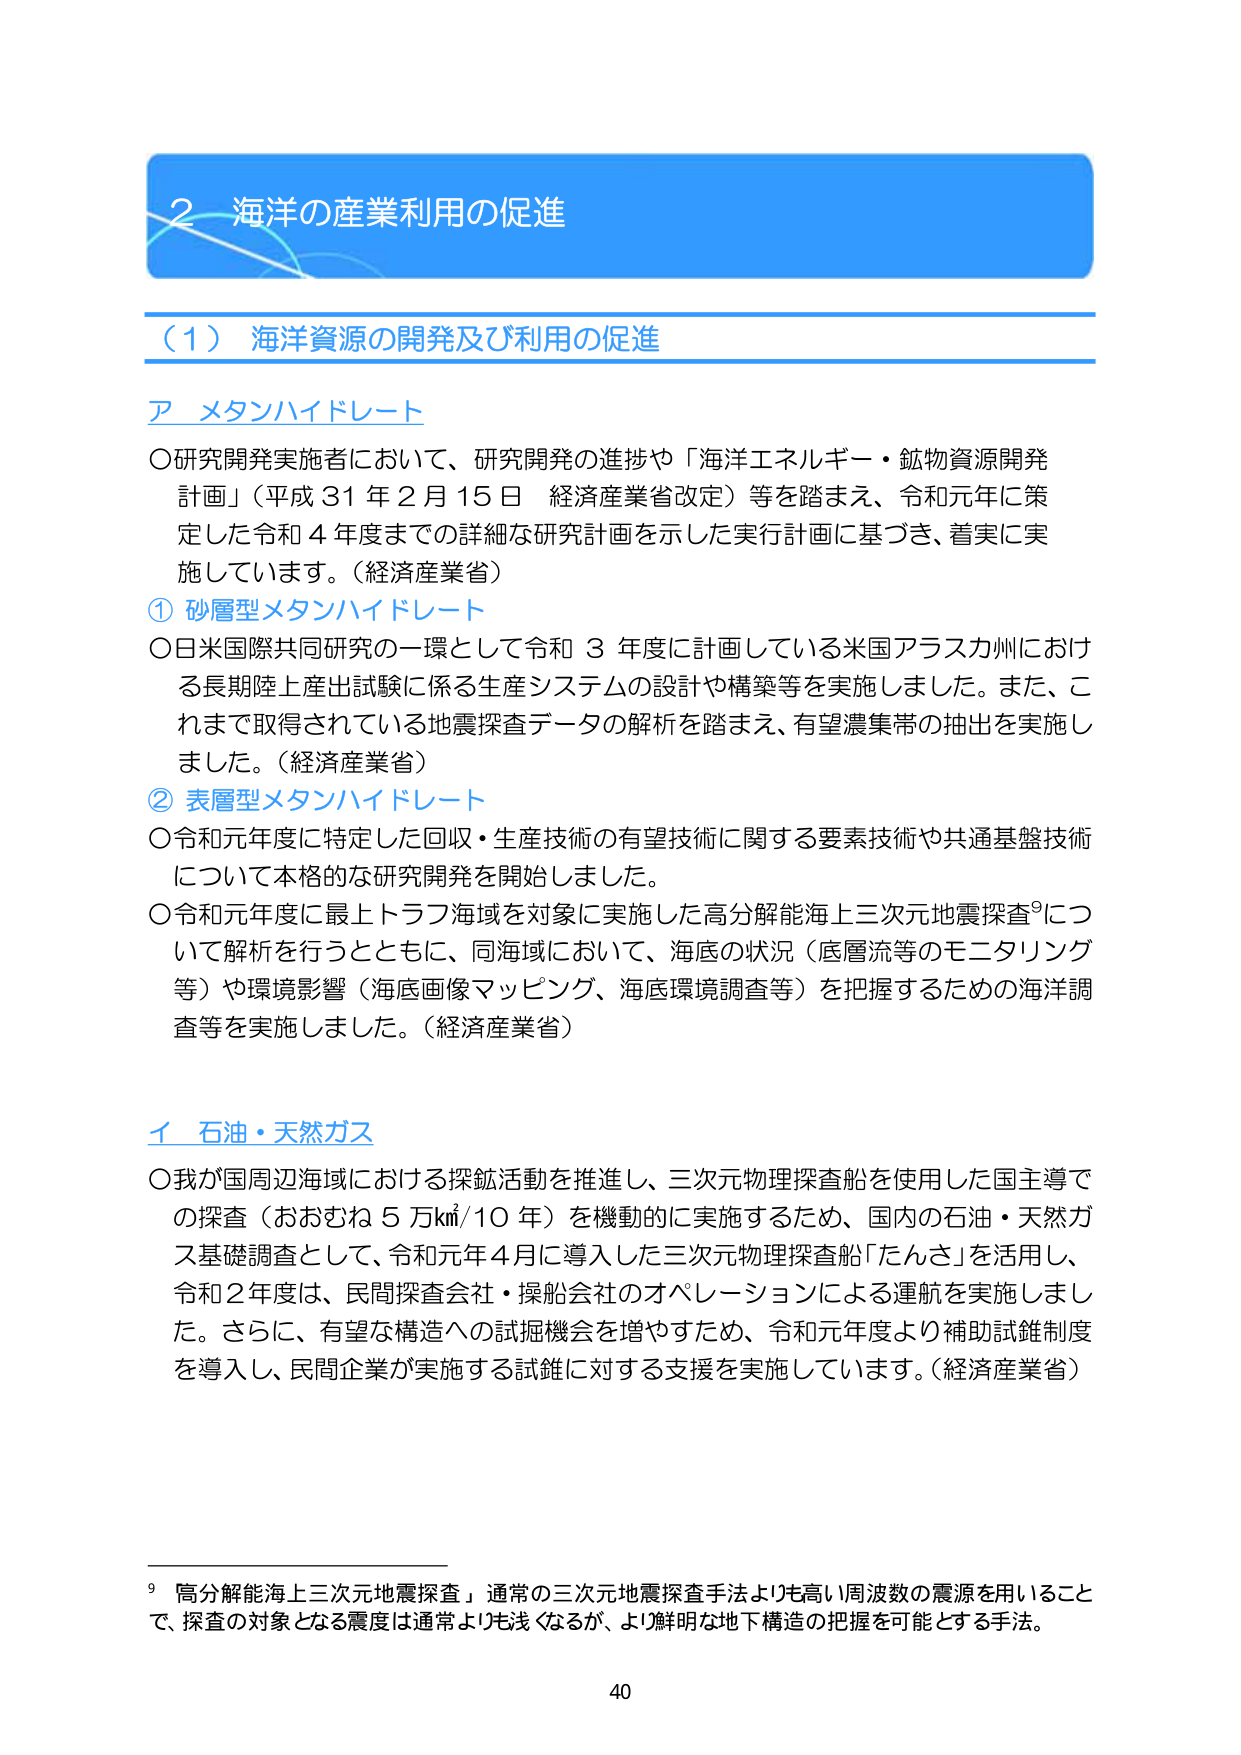
2 海洋の産業利用の促進

（1）海洋資源の開発及び利用の促進

ア メタンハイドレート

○研究開発実施者において、研究開発の進捗や「海洋エネルギー・鉱物資源開発計画」（平成31年2月15日 経済産業省改定）等を踏まえ、令和元年に策定した令和4年度までの詳細な研究計画を示した実行計画に基づき、着実に実施しています。（経済産業省）

① 砂層型メタンハイドレート

○日米国際共同研究の一環として令和3年度に計画している米国アラスカ州における長期陸上産出試験に係る生産システムの設計や構築等を実施しました。また、これまで取得されている地震探査データの解析を踏まえ、有望濃集帯の抽出を実施しました。（経済産業省）

② 表層型メタンハイドレート

○令和元年度に特定した回収・生産技術の有望技術に関する要素技術や共通基盤技術について本格的な研究開発を開始しました。

○令和元年度に最上トラフ海域を対象に実施した高分解能海上三次元地震探査⁹について解析を行うとともに、同海域において、海底の状況（底層流等のモニタリング等）や環境影響（海底画像マッピング、海底環境調査等）を把握するための海洋調査等を実施しました。（経済産業省）

イ 石油・天然ガス

○我が国周辺海域における探鉱活動を推進し、三次元物理探査船を使用した国主導での探査（おおむね5万km²/10年）を機動的に実施するため、国内の石油・天然ガス基礎調査として、令和元年4月に導入した三次元物理探査船「たんさ」を活用し、令和2年度は、民間探査会社・操船会社のオペレーションによる運航を実施しました。さらに、有望な構造への試掘機会を増やすため、令和元年度より補助試錐制度を導入し、民間企業が実施する試錐に対する支援を実施しています。（経済産業省）

⁹「高分解能海上三次元地震探査」通常の三次元地震探査手法よりも高い周波数の震源を用いることで、探査の対象となる震度は通常よりも浅くなるが、より鮮明な地下構造の把握を可能とする手法。

40